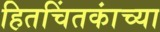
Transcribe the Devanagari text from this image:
हितचिंतकांच्या